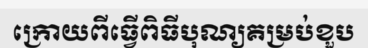
ក្រោយពីធ្វើពិធីបុណ្យគម្រប់ខួប